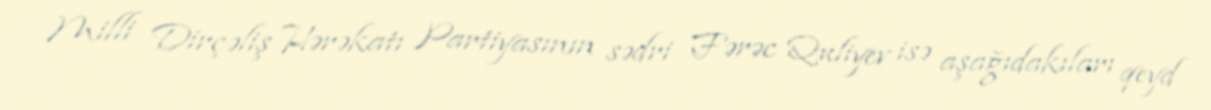
Milli Dirçəliş Hərəkatı Partiyasının sədri Fərəc Quliyev isə aşağıdakıları qeyd